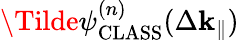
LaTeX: \Tilde{\psi}_{\mathrm{CLASS}}^{(n)}(\Delta\mathbf{k}_{\parallel})